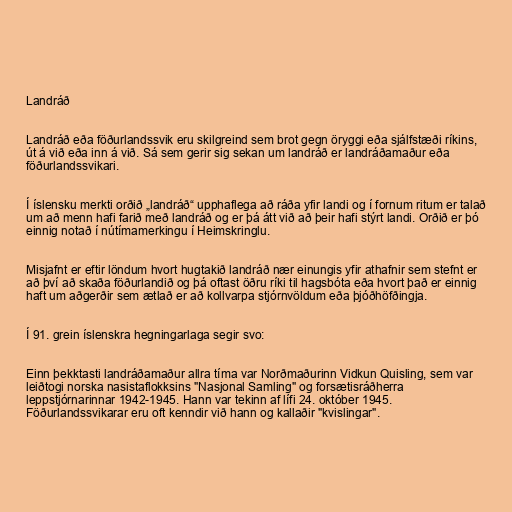
Landráð

Landráð eða föðurlandssvik eru skilgreind sem brot gegn öryggi eða sjálfstæði ríkins,
út á við eða inn á við. Sá sem gerir sig sekan um landráð er landráðamaður eða
föðurlandssvikari.

Í íslensku merkti orðið „landráð“ upphaflega að ráða yfir landi og í fornum ritum er talað
um að menn hafi farið með landráð og er þá átt við að þeir hafi stýrt landi. Orðið er þó
einnig notað í nútímamerkingu í Heimskringlu.

Misjafnt er eftir löndum hvort hugtakið landráð nær einungis yfir athafnir sem stefnt er
að því að skaða föðurlandið og þá oftast öðru ríki til hagsbóta eða hvort það er einnig
haft um aðgerðir sem ætlað er að kollvarpa stjórnvöldum eða þjóðhöfðingja.

Í 91. grein íslenskra hegningarlaga segir svo:

Einn þekktasti landráðamaður allra tíma var Norðmaðurinn Vidkun Quisling, sem var
leiðtogi norska nasistaflokksins "Nasjonal Samling" og forsætisráðherra
leppstjórnarinnar 1942-1945. Hann var tekinn af lífi 24. október 1945.
Föðurlandssvikarar eru oft kenndir við hann og kallaðir "kvislingar".